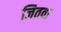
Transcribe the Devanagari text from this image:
जितवा